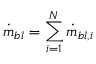
\dot { m } _ { b l } = \sum _ { i = 1 } ^ { N } \dot { m } _ { b l , i }